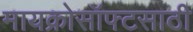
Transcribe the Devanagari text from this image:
मायक्रोसॉफ्टसाठी